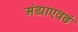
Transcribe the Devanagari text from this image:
अंड्याएवढं